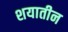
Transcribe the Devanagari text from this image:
शयातीन